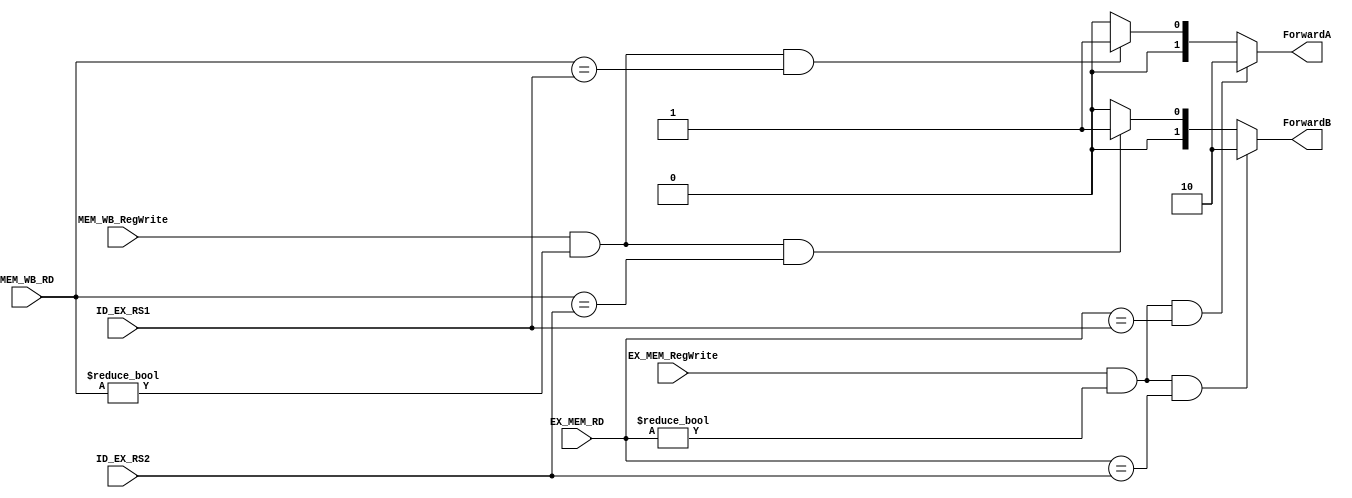
`timescale 1ns / 1ps
//////////////////////////////////////////////////////////////////////////////////
// Company: 
// Engineer: 
// 
// Design Name: 
// Module Name: Forward
// Project Name: 
// Target Devices: 
// Tool Versions: 
// Description: 
// 
// Dependencies: 
// 
// Revision:
// Revision 0.01 - File Created
// Additional Comments:
// 
//////////////////////////////////////////////////////////////////////////////////


module Forward(
    input EX_MEM_RegWrite,
    input MEM_WB_RegWrite,
    input [4:0] ID_EX_RS1,
    input [4:0] ID_EX_RS2,
    input [4:0] EX_MEM_RD,
    input [4:0] MEM_WB_RD,
    output reg [1:0] ForwardA,
    output reg [1:0] ForwardB
    );

    always @(*) begin
        if(EX_MEM_RegWrite & (EX_MEM_RD !=0) & (EX_MEM_RD == ID_EX_RS1))
            ForwardA = 2'b10;
        else if(MEM_WB_RegWrite & (MEM_WB_RD !=0) & (MEM_WB_RD == ID_EX_RS1))
            ForwardA = 2'b01;
        else 
            ForwardA = 2'b00;
    end
    always @(*) begin
        if(EX_MEM_RegWrite & (EX_MEM_RD !=0) & (EX_MEM_RD == ID_EX_RS2))
            ForwardB = 2'b10;
        else if(MEM_WB_RegWrite & (MEM_WB_RD !=0) & (MEM_WB_RD == ID_EX_RS2))
            ForwardB = 2'b01;
        else 
            ForwardB = 2'b00;
    end

endmodule